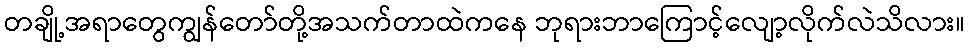
တချို့အရာတွေကျွန်တော်တို့အသက်တာထဲကနေ ဘုရားဘာကြောင့်လျော့လိုက်လဲသိလား။